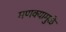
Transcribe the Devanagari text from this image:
मणक्यामुळे